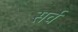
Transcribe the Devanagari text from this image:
सर्व